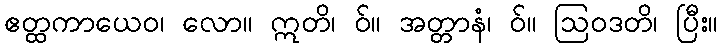
ဧတ္ထကာယေဝ၊ လော။ ဣတိ၊ ဝ်။ အတ္တာနံ၊ ဝ်။ ဩဝဒတိ၊ ပြီး။